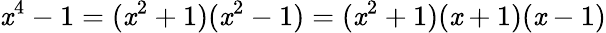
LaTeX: \mathit{x}^{4}-1=(\mathit{x}^{2}+1)(\mathit{x}^{2}-1)=(\mathit{x}^{2}+1)(\mathit{x}+1)(\mathit{x}-1)